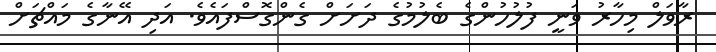
ރާވަލް މިހާރު ވަނީ ފުލުހުންގެ ބެލުމުގެ ދަށަށް ގެންގޮސްފައެވެ. އަދި އޭނާގެ މައްޗަށް